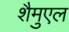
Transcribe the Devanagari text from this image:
शैमुएल